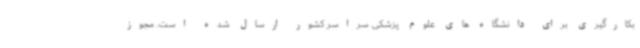
بکارگیری برای دانشگاه های علوم پزشکی سراسر کشور ارسال شده است. مجوز